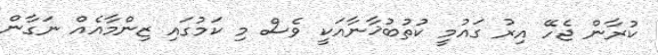
ކުރާން ޖެހޭ އިރު ގައުމީ ކުތުބުޚާނާއަކީ ވެސް މި ކަމުގައި ޒިންމާއެއް ނަގާން